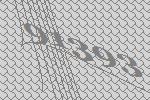
91393